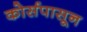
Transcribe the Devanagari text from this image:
कोर्सपासून